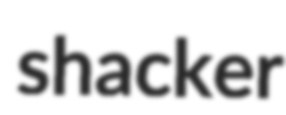
shacker